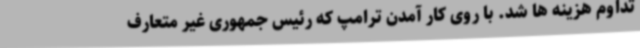
تداوم هزینه ها شد. با روی کار آمدن ترامپ که رئیس جمهوری غیر متعارف